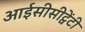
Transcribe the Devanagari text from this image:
आईसीसीट्वेंटी